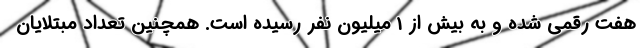
هفت رقمی شده و به بیش از 1 میلیون نفر رسیده است. همچنین تعداد مبتلایان